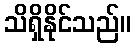
သိရှိနိုင်သည်။